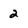
Character: 2